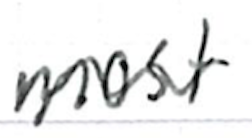
Text: most
Cross-out: wave
Writing tool: ballpoint